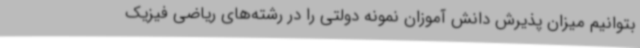
بتوانیم میزان پذیرش دانش آموزان نمونه دولتی را در رشته‌های ریاضی فیزیک